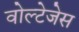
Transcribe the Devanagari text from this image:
वोल्टेजेस